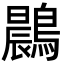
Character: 鷐